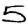
Digit: 5